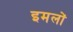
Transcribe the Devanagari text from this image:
इमलों